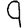
Digit: 9